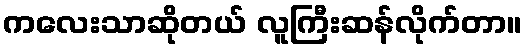
ကလေးသာဆိုတယ် လူကြီးဆန်လိုက်တာ။